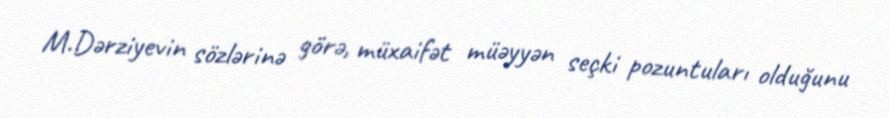
M.Dərziyevin sözlərinə görə, müxaifət müəyyən seçki pozuntuları olduğunu